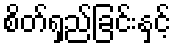
စိတ်ရှည်ခြင်းနှင့်